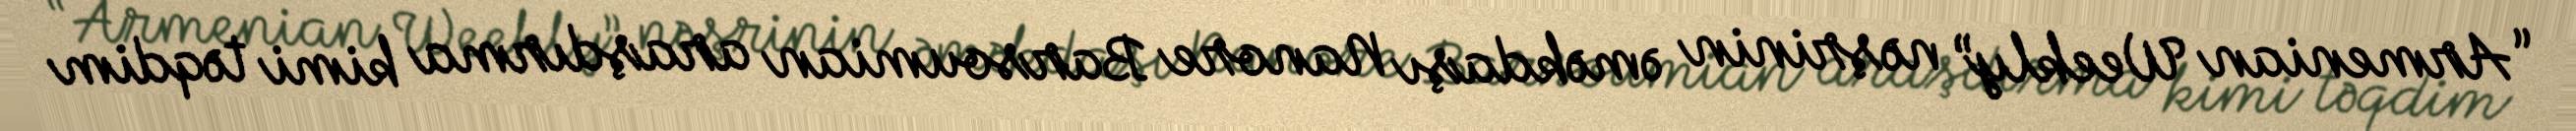
“Armenian Weekly” nəşrinin əməkdaşı Nanore Barsoumian araşdırma kimi təqdim